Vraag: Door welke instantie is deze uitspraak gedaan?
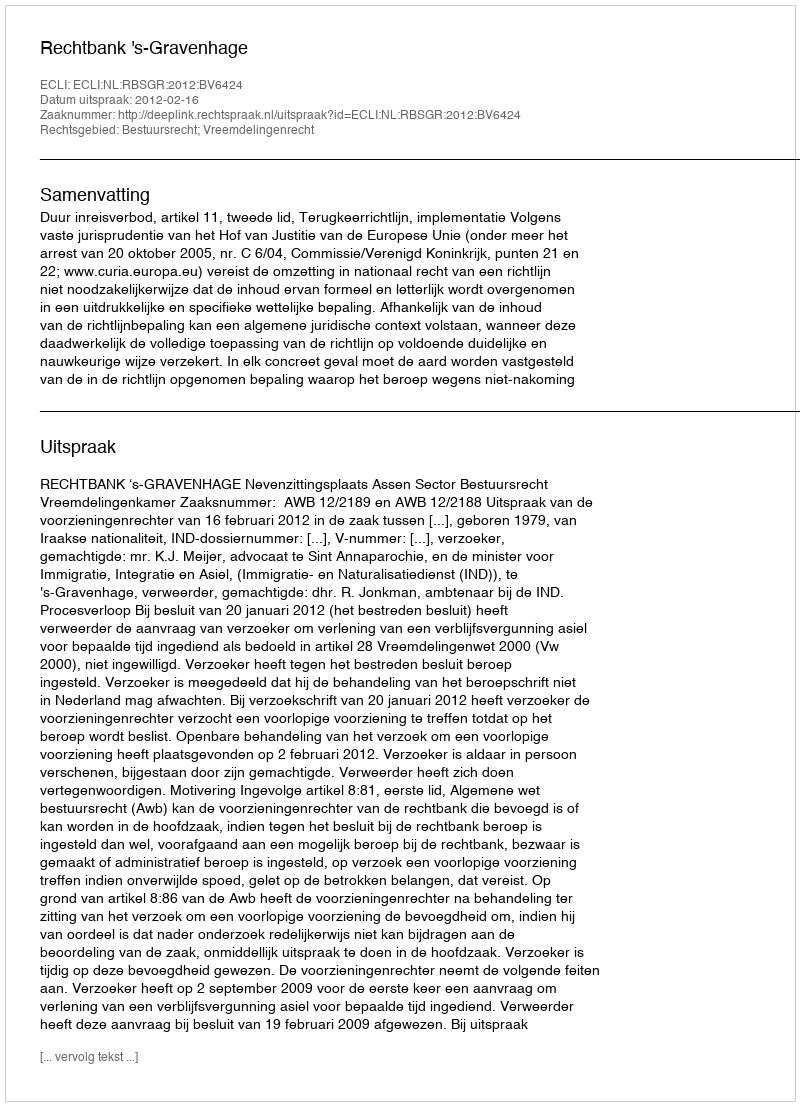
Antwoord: Rechtbank 's-Gravenhage